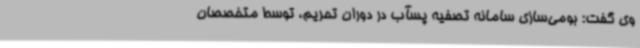
وی گفت: بومی‌سازی سامانه تصفیه پسآب در دوران تحریم، توسط متخصصان